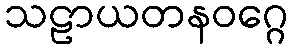
သဠာယတနဝဂ္ဂေ